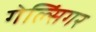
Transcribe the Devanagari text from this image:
गेल्सिंगर